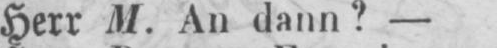
Herr M. An dann? -